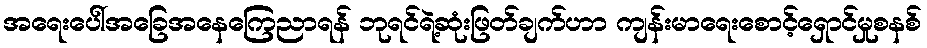
အရေးပေါ်အခြေအနေကြေညာရန် ဘုရင်ရဲ့ဆုံးဖြတ်ချက်ဟာ ကျန်းမာရေးစောင့်ရှောင်မှုစနစ်